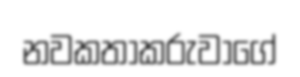
නවකතාකරුවාගේ